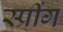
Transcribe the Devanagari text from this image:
स्प्रींग